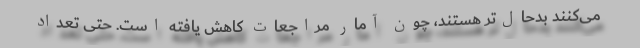
می‌کنند بدحال‌تر هستند، چون آمار مراجعات کاهش یافته است. حتی تعداد